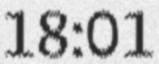
18:01